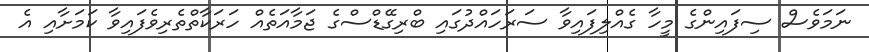
ނަމަވެސް ސިފައިންގެ މީހާ ގެއްލިފައިވާ ސަރަހައްދުގައި ބްރިގޭޑްސްގެ ޖަމާއަތެއް ހަރަކާތްތެރިވެފައިވާ ކަމަށާއި އެ